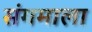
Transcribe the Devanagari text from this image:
संगमाला